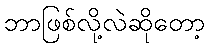
ဘာဖြစ်လို့လဲဆိုတော့